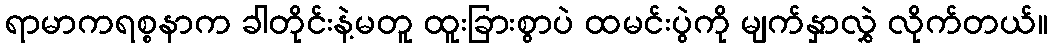
ရာမာကရစ္စနာက ခါတိုင်းနဲ့မတူ ထူးခြားစွာပဲ ထမင်းပွဲကို မျက်နှာလွှဲ လိုက်တယ်။